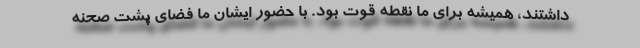
داشتند، همیشه برای ما نقطه قوت بود. با حضور ایشان ما فضای پشت صحنه